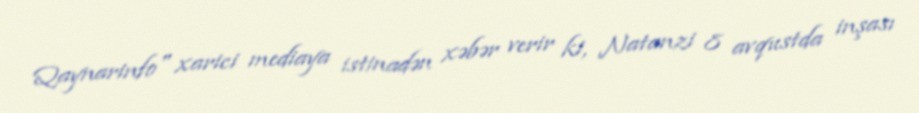
Qaynarinfo" xarici mediaya istinadən xəbər verir ki, Natanzi 8 avqustda inşası